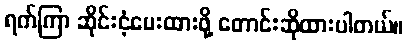
ရက်ကြာ ဆိုင်းငံ့ပေးထားဖို့ တောင်းဆိုထားပါတယ်။